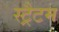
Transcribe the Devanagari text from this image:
स्ट्रैटम